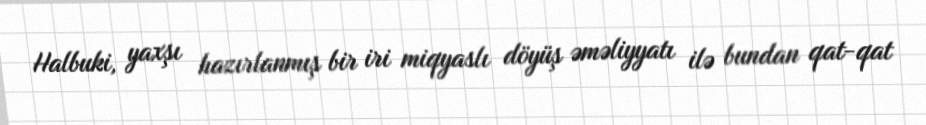
Halbuki, yaxşı hazırlanmış bir iri miqyaslı döyüş əməliyyatı ilə bundan qat-qat